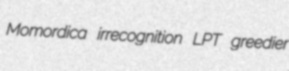
Momordica irrecognition LPT greedier